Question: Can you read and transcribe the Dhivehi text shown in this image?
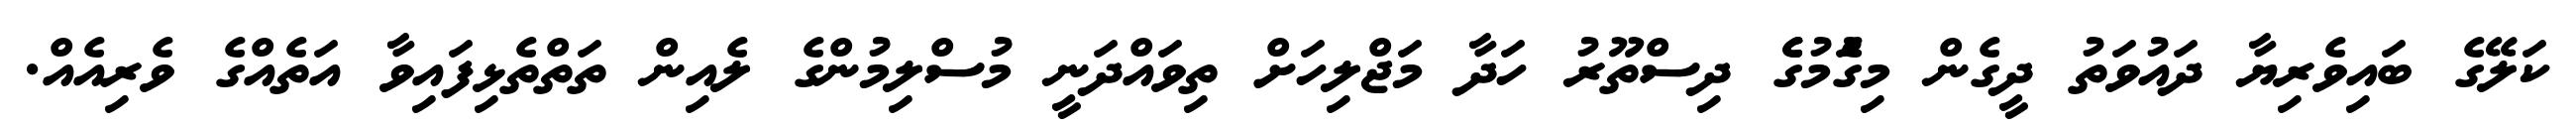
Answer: ކަލޭގެ ބައިވެރިޔާ ދައުވަތު ދީގެން މިގަެުމުގެެ ދިސްތޫރު ހަދާ މަޖްލިހަށް ތިވައްދަނީ މުސްލިމުންގެ ލެއިން ތަތްތެޅިފައިވާ އަތެއްގެ ވެރިއެއް.